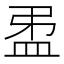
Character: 𥁜